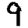
Digit: 9